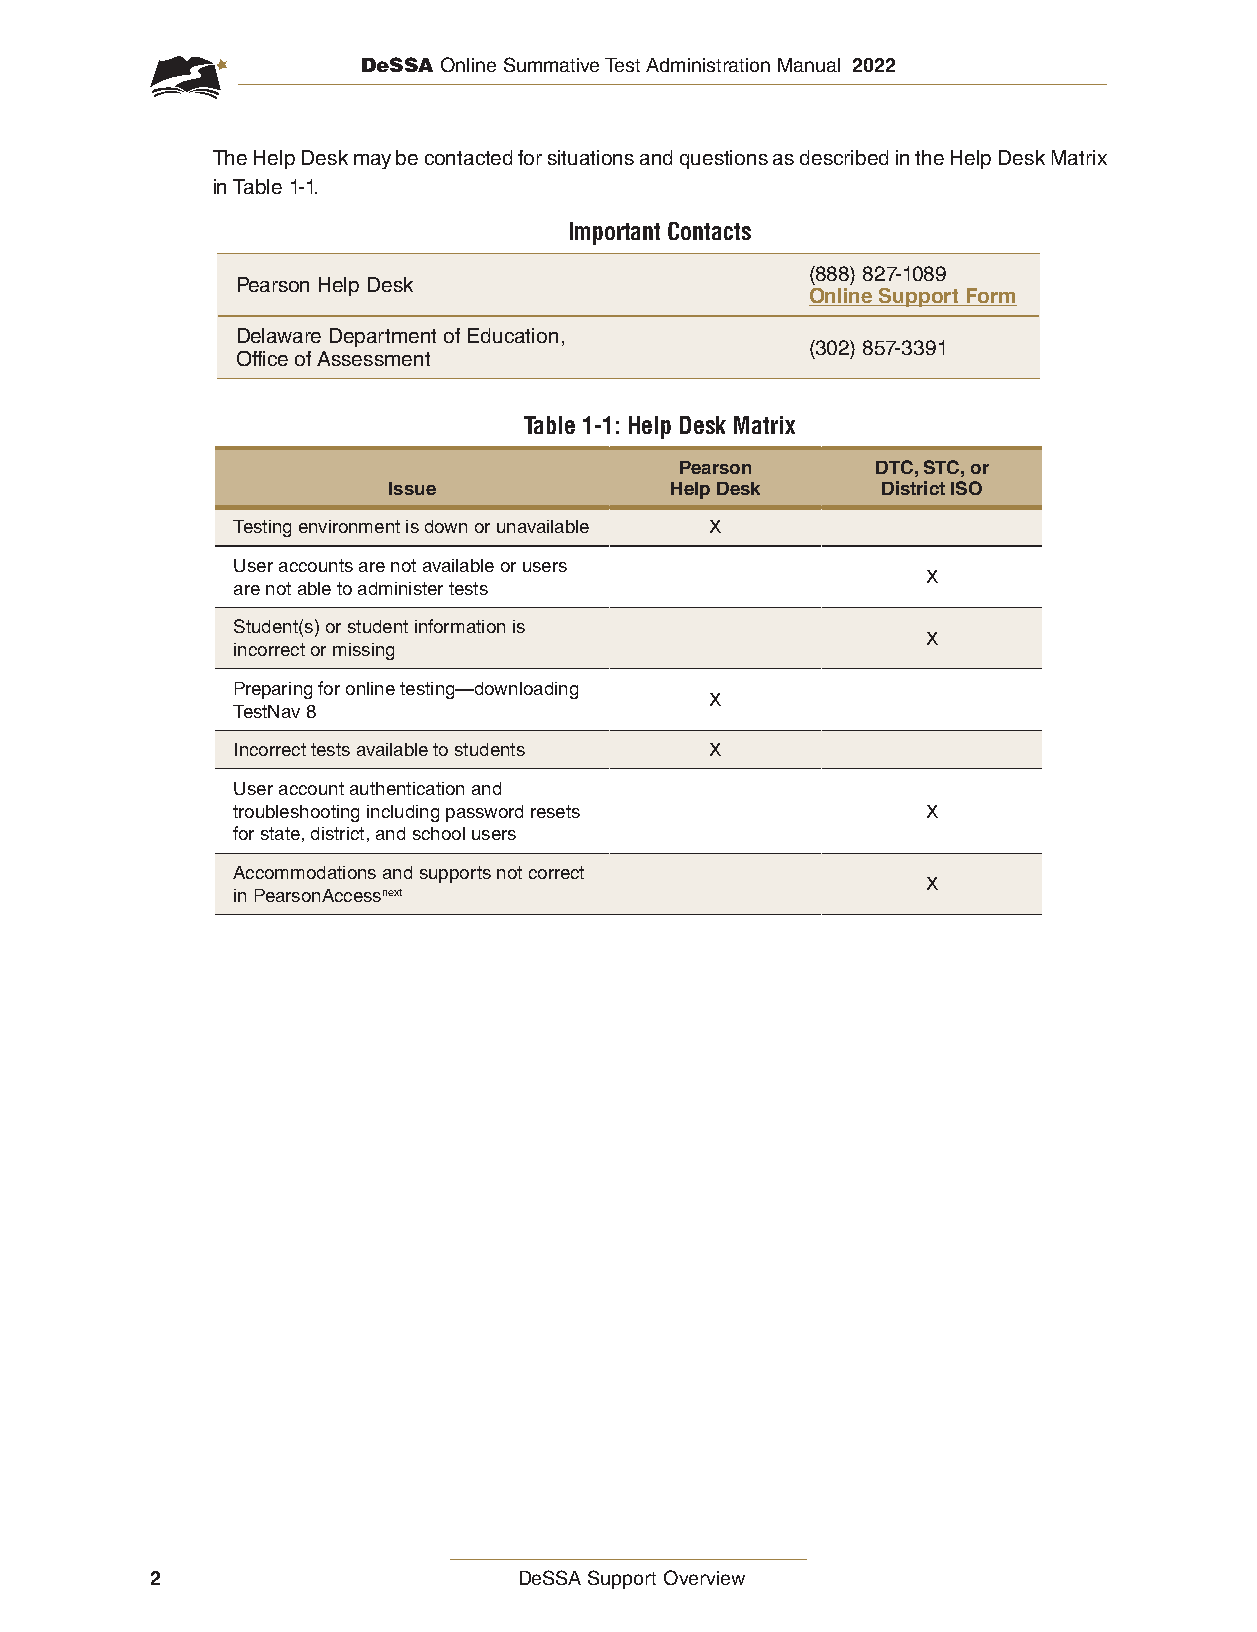
DeSSA Online Summative Test Administration Manual 2022
 The Help Desk may be contacted for situations and questions as described in the Help Desk Matrix
 in Table 1-1.
 Important Contacts
 (888) 827-1089
 Pearson Help Desk
 Online Support Form
 Delaware Department of Education,
 (302) 857-3391
 Office of Assessment
 Table 1-1: Help Desk Matrix
 Pearson      DTC, STC, or
 Issue             Help Desk     District ISO
 Testing environment is down or unavailable X
 User accounts are not available or users
 X
 are not able to administer tests
 Student(s) or student information is
 X
 incorrect or missing
 Preparing for online testing—downloading
 X
 TestNav 8
 Incorrect tests available to students X
 User account authentication and
 troubleshooting including password resets     X
 for state, district, and school users
 Accommodations and supports not correct
 X
 in PearsonAccessnext
 2                       DeSSA Support Overview